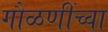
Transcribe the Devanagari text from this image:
गौळणींच्वा